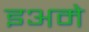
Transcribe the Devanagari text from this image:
इअमे